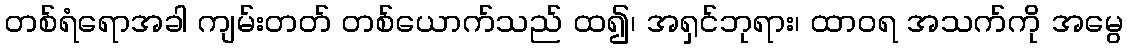
တစ်ရံရောအခါ ကျမ်းတတ် တစ်ယောက်သည် ထ၍၊ အရှင်ဘုရား၊ ထာဝရ အသက်ကို အမွေ